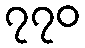
၇၇၀